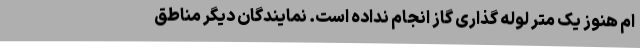
ام هنوز یک متر لوله گذاری گاز انجام نداده است. نمایندگان دیگر مناطق